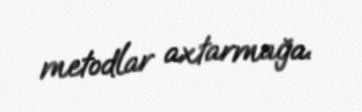
metodlar axtarmağa.